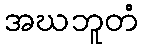
အဃဘူတံ